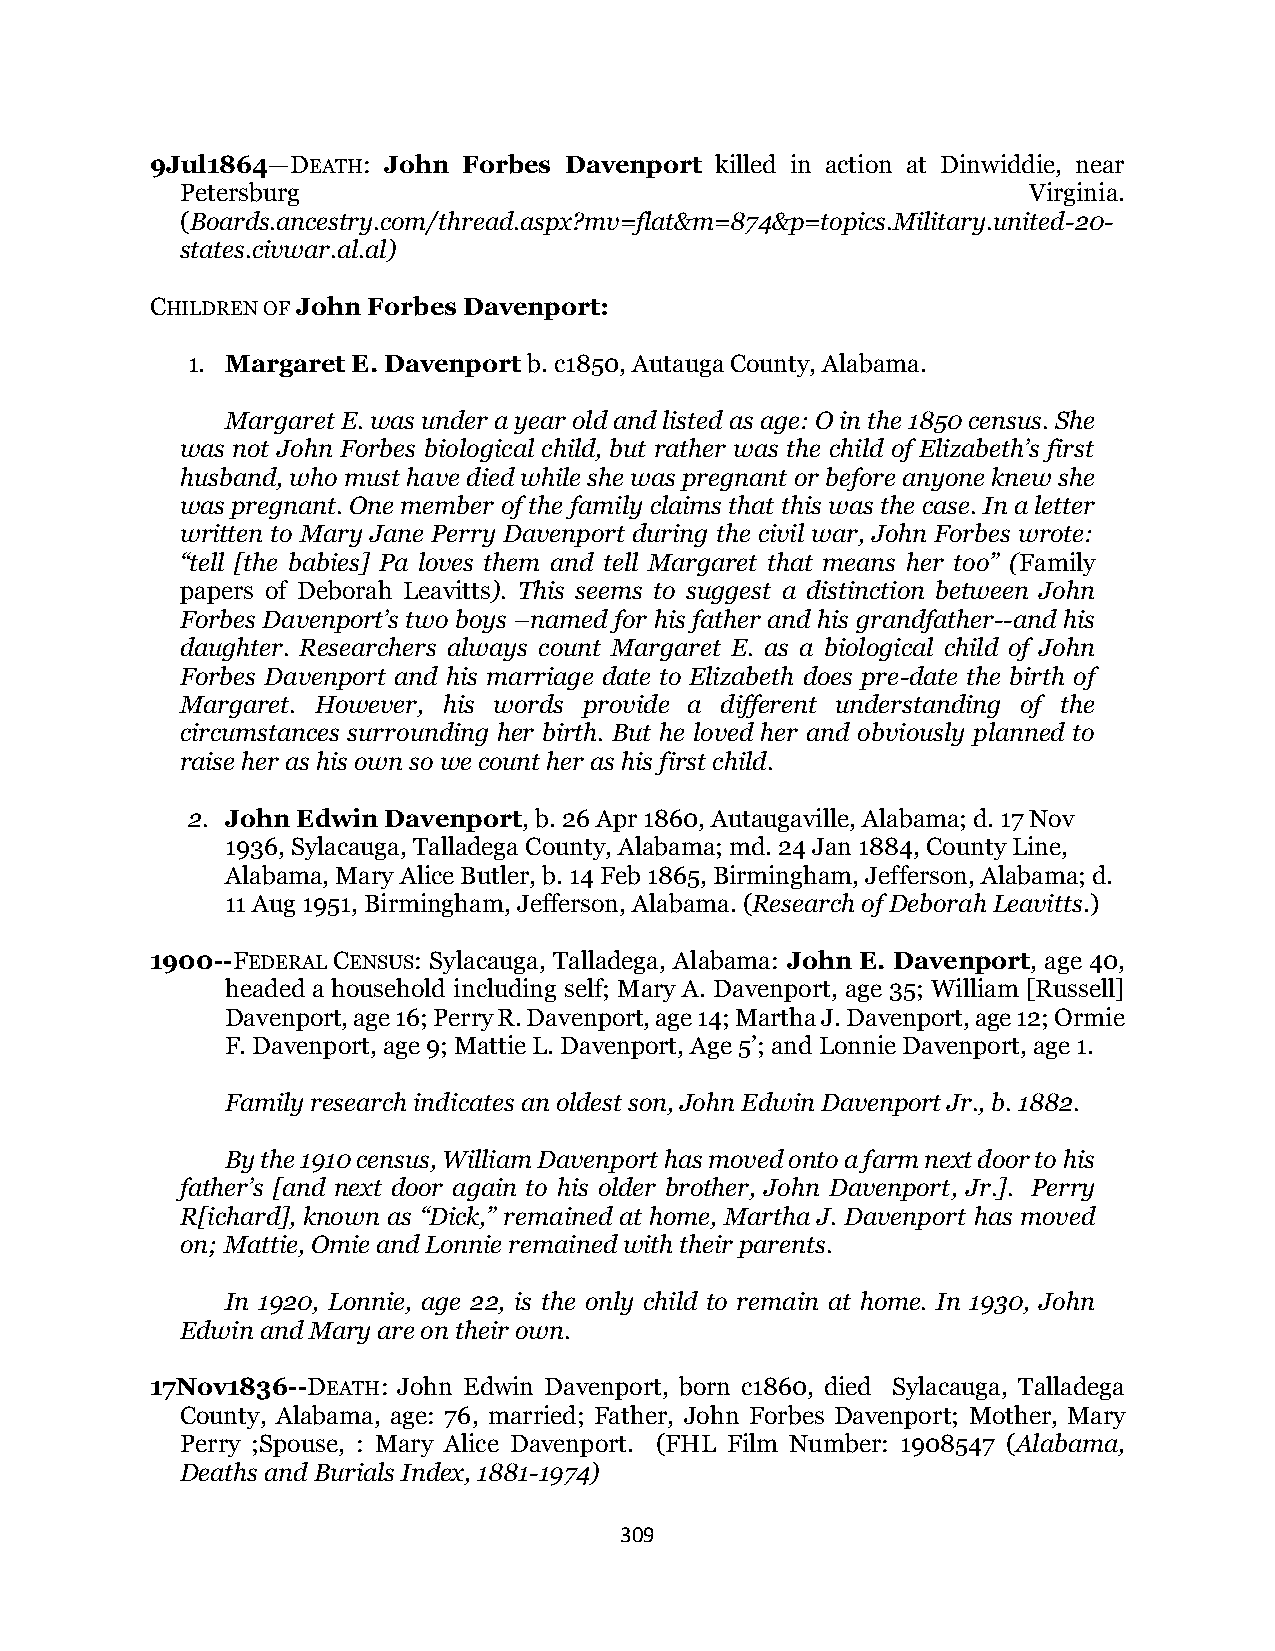
9Jul1864—DEATH: John Forbes Davenport killed in action at Dinwiddie, near
 Petersburg                                              Virginia.
 (Boards.ancestry.com/thread.aspx?mv=flat&m=874&p=topics.Military.united-20-
 states.civwar.al.al)
 CHILDREN OF John Forbes Davenport:
 1. Margaret E. Davenport b. c1850, Autauga County, Alabama.
 Margaret E. was under a year old and listed as age: O in the 1850 census. She
 was not John Forbes biological child, but rather was the child of Elizabeth’s first
 husband, who must have died while she was pregnant or before anyone knew she
 was pregnant. One member of the family claims that this was the case. In a letter
 written to Mary Jane Perry Davenport during the civil war, John Forbes wrote:
 “tell [the babies] Pa loves them and tell Margaret that means her too” (Family
 papers of Deborah Leavitts). This seems to suggest a distinction between John
 Forbes Davenport’s two boys –named for his father and his grandfather--and his
 daughter. Researchers always count Margaret E. as a biological child of John
 Forbes Davenport and his marriage date to Elizabeth does pre-date the birth of
 Margaret. However, his words provide a different understanding of the
 circumstances surrounding her birth. But he loved her and obviously planned to
 raise her as his own so we count her as his first child.
 2. John Edwin Davenport, b. 26 Apr 1860, Autaugaville, Alabama; d. 17 Nov
 1936, Sylacauga, Talladega County, Alabama; md. 24 Jan 1884, County Line,
 Alabama, Mary Alice Butler, b. 14 Feb 1865, Birmingham, Jefferson, Alabama; d.
 11 Aug 1951, Birmingham, Jefferson, Alabama. (Research of Deborah Leavitts.)
 1900--FEDERAL CENSUS: Sylacauga, Talladega, Alabama: John E. Davenport, age 40,
 headed a household including self; Mary A. Davenport, age 35; William [Russell]
 Davenport, age 16; Perry R. Davenport, age 14; Martha J. Davenport, age 12; Ormie
 F. Davenport, age 9; Mattie L. Davenport, Age 5’; and Lonnie Davenport, age 1.
 Family research indicates an oldest son, John Edwin Davenport Jr., b. 1882.
 By the 1910 census, William Davenport has moved onto a farm next door to his
 father’s [and next door again to his older brother, John Davenport, Jr.]. Perry
 R[ichard], known as “Dick,” remained at home, Martha J. Davenport has moved
 on; Mattie, Omie and Lonnie remained with their parents.
 In 1920, Lonnie, age 22, is the only child to remain at home. In 1930, John
 Edwin and Mary are on their own.
 17Nov1836--DEATH: John Edwin Davenport, born c1860, died Sylacauga, Talladega
 County, Alabama, age: 76, married; Father, John Forbes Davenport; Mother, Mary
 Perry ;Spouse, : Mary Alice Davenport. (FHL Film Number: 1908547 (Alabama,
 Deaths and Burials Index, 1881-1974)
 309